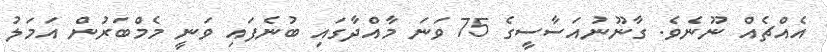
އެއްޗެއް ނޫނެވެ. ގާނޫނުއަސާސީގެ 75 ވަނަ މާއްދާގައި ބުނެފައި ވަނީ މެމްބަރުން އަމަލު